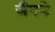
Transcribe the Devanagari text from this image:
जैफरे